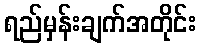
ရည်မှန်းချက်အတိုင်း